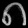
Digit: ၈